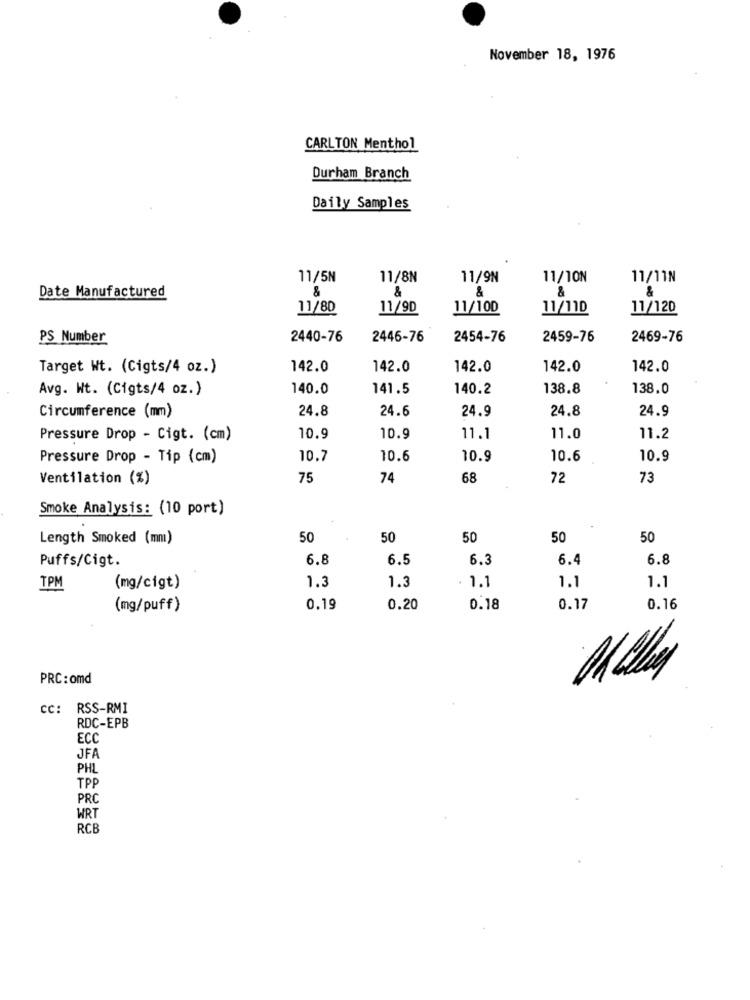
November 18, 1976
CARLTON Menthol
Durham Branch
Daily Samples
11/5N
11/8N
11/9N
11/10N
11/11N
Date Manufactured
&
&
&
11/80
11/9D
11/100
11/110
11/120
PS Number
2440-76
2446-76
2454-76
2459-76
2469-76
Target Wt. (Cigts/4 oz.)
142.0
142.0
142.0
142.0
142.0
Avg. Wt. (Cigts/4 oz.)
140.0
141.5
140.2
138.8
138.0
Circumference (mm)
24.8
24.6
24.9
24.8
24.9
Pressure Drop - Cigt. (cm)
10.9
10.9
11.1
11.0
11.2
Pressure Drop - Tip (cm)
10.7
10.6
10.9
10.6
10.9
Ventilation (%)
75
74
68
72
73
Smoke Analysis: (10 port)
Length Smoked (mm)
50
50
50
50
50
Puffs/Cigt.
6.8
6.5
6.3
6.4
6.8
1.3
1.1
TPM
(mg/cigt)
1.3
1.1
1.1
(mg/puff)
0.19
0.20
0.18
0.17
0.16
PRC: omd
cc: RSS-RMI
RDC-EPB
ECC
JFA
PHL
TPP
PRC
WRT
RCB